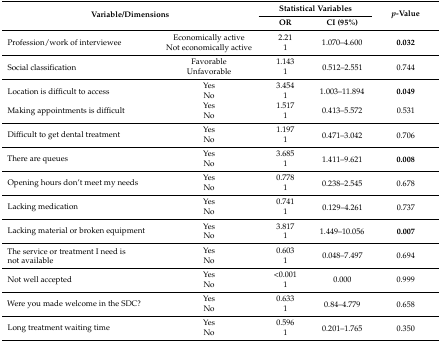
| <ROWSPAN=2-COLSPAN=2> Variable/Dimensions | <COLSPAN=2> Statistical Variables | <ROWSPAN=2> p-Value |
 | OR | CI (95%) |
 | --- | --- | --- | --- | --- |
 | <ROWSPAN=2> Profession/work of interviewee | Economically active | 2.21 | <ROWSPAN=2> 1.070–4.600 | <ROWSPAN=2> 0.032 |
 | Not economically active | 1 |
 | <ROWSPAN=2> Social classification | Favorable | 1.143 | <ROWSPAN=2> 0.512–2.551 | <ROWSPAN=2> 0.744 |
 | Unfavorable | 1 |
 | <ROWSPAN=2> Location is difficult to access | Yes | 3.454 | <ROWSPAN=2> 1.003–11.894 | <ROWSPAN=2> 0.049 |
 | No | 1 |
 | <ROWSPAN=2> Making appointments is difficult | Yes | 1.517 | <ROWSPAN=2> 0.413–5.572 | <ROWSPAN=2> 0.531 |
 | No | 1 |
 | <ROWSPAN=2> Difficult to get dental treatment | Yes | 1.197 | <ROWSPAN=2> 0.471–3.042 | <ROWSPAN=2> 0.706 |
 | No | 1 |
 | <ROWSPAN=2> There are queues | Yes | 3.685 | <ROWSPAN=2> 1.411–9.621 | <ROWSPAN=2> 0.008 |
 | No | 1 |
 | <ROWSPAN=2> Opening hours don’t meet my needs | Yes | 0.778 | <ROWSPAN=2> 0.238–2.545 | <ROWSPAN=2> 0.678 |
 | No | 1 |
 | <ROWSPAN=2> Lacking medication | Yes | 0.741 | <ROWSPAN=2> 0.129–4.261 | <ROWSPAN=2> 0.737 |
 | No | 1 |
 | <ROWSPAN=2> Lacking material or broken equipment | Yes | 3.817 | <ROWSPAN=2> 1.449–10.056 | <ROWSPAN=2> 0.007 |
 | No | 1 |
 | <ROWSPAN=2> The service or treatment I need is not available | Yes | 0.603 | <ROWSPAN=2> 0.048–7.497 | <ROWSPAN=2> 0.694 |
 | No | 1 |
 | <ROWSPAN=2> Not well accepted | Yes | <0.001 | <ROWSPAN=2> 0.000 | <ROWSPAN=2> 0.999 |
 | No | 1 |
 | <ROWSPAN=2> Were you made welcome in the SDC? | Yes | 0.633 | <ROWSPAN=2> 0.84–4.779 | <ROWSPAN=2> 0.658 |
 | No | 1 |
 | <ROWSPAN=2> Long treatment waiting time | Yes | 0.596 | <ROWSPAN=2> 0.201–1.765 | <ROWSPAN=2> 0.350 |
 | No | 1 |